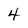
Character: 4